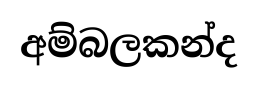
අම්බලකන්ද